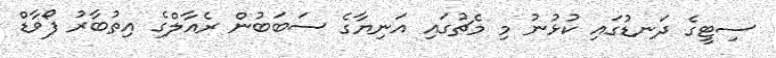
ސިޓީގެ ދަނޑުގައި ކުޅުނު މި މެޗުގައި އަނިޔާގެ ސަބަބުން ރެއާލްގެ އިތުބާރު ފޯވާޑް